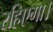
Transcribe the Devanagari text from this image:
रहिएगा।